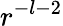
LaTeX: r^{-l-2}